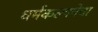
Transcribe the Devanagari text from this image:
धर्मकल्पनेचा